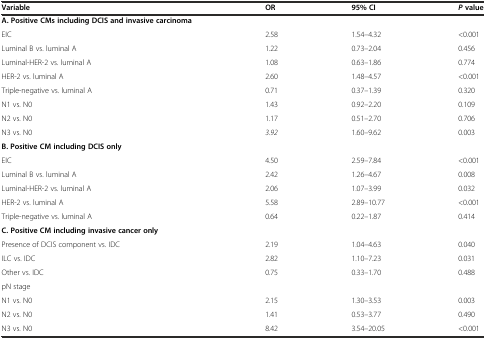
<table><thead><tr><td><b>Variable</b></td><td><b>OR</b></td><td><b>95% CI</b></td><td><b><i>P</i>value</b></td></tr></thead><tbody><tr><td><b>A. Positive CMs including DCIS and invasive carcinoma</b></td><td></td><td></td><td></td></tr><tr><td>EIC</td><td>2.58</td><td>1.54–4.32</td><td>&lt;0.001</td></tr><tr><td>Luminal B vs. luminal A</td><td>1.22</td><td>0.73–2.04</td><td>0.456</td></tr><tr><td>Luminal-HER-2 vs. luminal A</td><td>1.08</td><td>0.63–1.86</td><td>0.774</td></tr><tr><td>HER-2 vs. luminal A</td><td>2.60</td><td>1.48–4.57</td><td>&lt;0.001</td></tr><tr><td>Triple-negative vs. luminal A</td><td>0.71</td><td>0.37–1.39</td><td>0.320</td></tr><tr><td>N1 vs. N0</td><td>1.43</td><td>0.92–2.20</td><td>0.109</td></tr><tr><td>N2 vs. N0</td><td>1.17</td><td>0.51–2.70</td><td>0.706</td></tr><tr><td>N3 vs. N0</td><td><i>3.92</i></td><td>1.60–9.62</td><td>0.003</td></tr><tr><td><b>B. Positive CM including DCIS only</b></td><td></td><td></td><td></td></tr><tr><td>EIC</td><td>4.50</td><td>2.59–7.84</td><td>&lt;0.001</td></tr><tr><td>Luminal B vs. luminal A</td><td>2.42</td><td>1.26–4.67</td><td>0.008</td></tr><tr><td>Luminal-HER-2 vs. luminal A</td><td>2.06</td><td>1.07–3.99</td><td>0.032</td></tr><tr><td>HER-2 vs. luminal A</td><td>5.58</td><td>2.89–10.77</td><td>&lt;0.001</td></tr><tr><td>Triple-negative vs. luminal A</td><td>0.64</td><td>0.22–1.87</td><td>0.414</td></tr><tr><td><b>C. Positive CM including invasive cancer only</b></td><td></td><td></td><td></td></tr><tr><td>Presence of DCIS component vs. IDC</td><td>2.19</td><td>1.04–4.63</td><td>0.040</td></tr><tr><td>ILC vs. IDC</td><td>2.82</td><td>1.10–7.23</td><td>0.031</td></tr><tr><td>Other vs. IDC</td><td>0.75</td><td>0.33–1.70</td><td>0.488</td></tr><tr><td>pN stage</td><td></td><td></td><td></td></tr><tr><td>N1 vs. N0</td><td>2.15</td><td>1.30–3.53</td><td>0.003</td></tr><tr><td>N2 vs. N0</td><td>1.41</td><td>0.53–3.77</td><td>0.490</td></tr><tr><td>N3 vs. N0</td><td>8.42</td><td>3.54–20.05</td><td>&lt;0.001</td></tr></tbody></table>